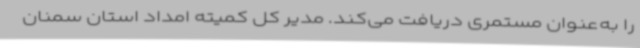
را به‌عنوان مستمری دریافت می‌کند. مدیر کل کمیته امداد استان سمنان